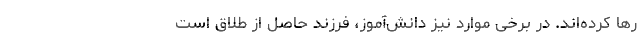
رها کرده‌اند. در برخی موارد نیز دانش‌آموز، فرزندِ حاصل از طلاق است